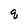
Character: q